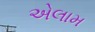
એલામ